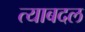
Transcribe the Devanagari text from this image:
त्याबदल